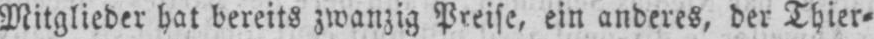
Mitglieder hat bereits zwanzig Preise, ein anderes, der Thier⸗